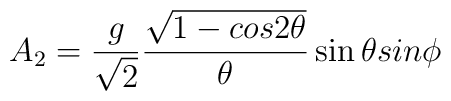
A_2=\frac{g}{\sqrt 2}\frac{\sqrt{1-cos2{\theta}}}{{\theta}}\sin{\theta}sin{\phi}